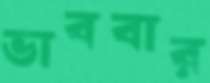
ভাববার